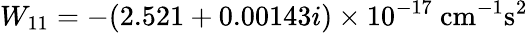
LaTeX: W_{11}=-(2.521+0.00143i)\times 10^{-17}~\mathrm{cm^{-1}s^{2}}